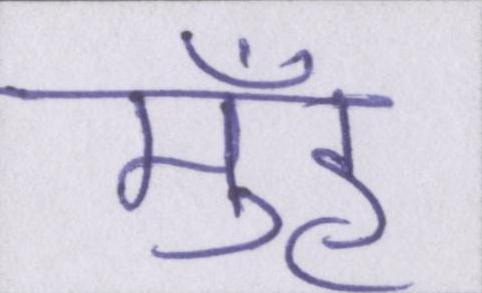
मुँह